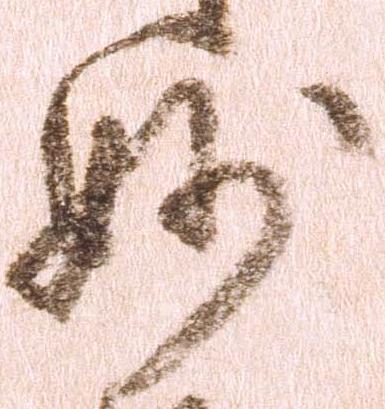
妙